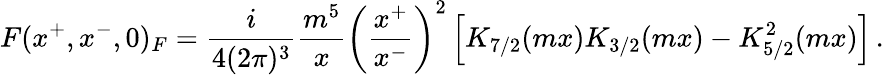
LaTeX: F(x^{+},x^{-},0)_{F}=\frac{i}{4(2\pi)^{3}}\frac{m^{5}}{x}\left(\frac{x^{+}}{x^{-}}\right)^{2}\left[K_{7/2}(mx)K_{3/2}(mx)-K_{5/2}^{2}(mx)\right]\, .